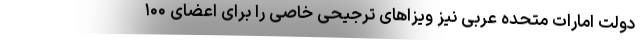
دولت امارات متحده عربی نیز ویزاهای ترجیحی خاصی را برای اعضای ۱۰۰